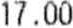
17.00